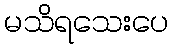
မသိရသေးပေ